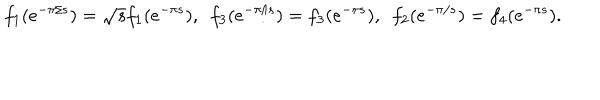
f _ { 1 } ( e ^ { - \pi / s } ) = \sqrt { s } f _ { 1 } ( e ^ { - \pi s } ) , ~ ~ f _ { 3 } ( e ^ { - \pi / s } ) = f _ { 3 } ( e ^ { - \pi s } ) , ~ ~ f _ { 2 } ( e ^ { - \pi / s } ) = f _ { 4 } ( e ^ { - \pi s } ) .